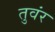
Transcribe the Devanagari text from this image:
तुवंर